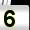
Digit: 5